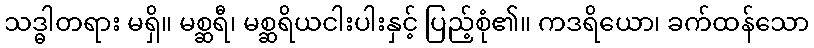
သဒ္ဓါတရား မရှိ။ မစ္ဆရီ၊ မစ္ဆရိယငါးပါးနှင့် ပြည့်စုံ၏။ ကဒရိယော၊ ခက်ထန်သော